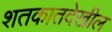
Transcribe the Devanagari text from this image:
शतकातदेखील